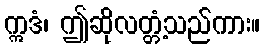
ဣဒံ၊ ဤဆိုလတ္တံ့သည်ကား။